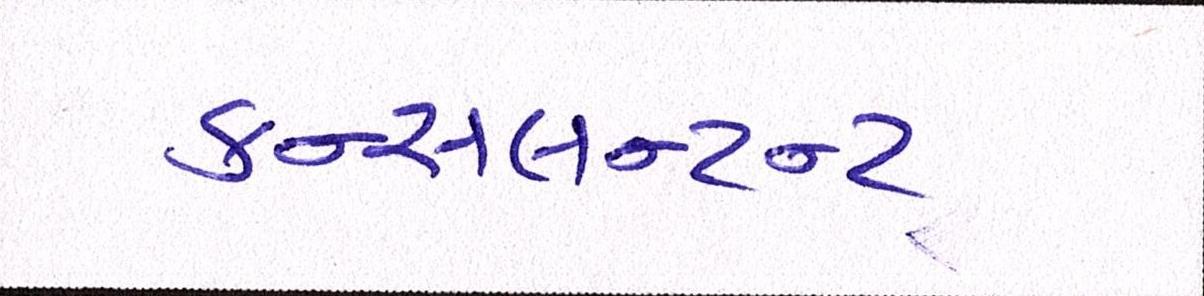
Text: કન્સલન્ટન્ટ